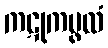
ကဋုကပ္ဖလံ